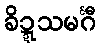
ခိဍ္ဍသမင်္ဂီ